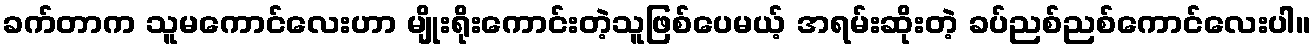
ခက်တာက သူမကောင်လေးဟာ မျိုးရိုးကောင်းတဲ့သူဖြစ်ပေမယ့် အရမ်းဆိုးတဲ့ ခပ်ညစ်ညစ်ကောင်လေးပါ။